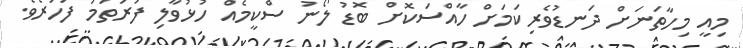
މިއީ މިހާތަނަށް ދަނޑުވެރިކަމަށް ހާއްސަކޮށް ބޮޑު ލޯނު ސްކީމެއް ހުޅުވާލި ފުރަތަމަ ފަހަރެވެ.